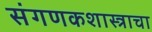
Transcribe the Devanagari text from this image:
संगणकशास्त्राचा